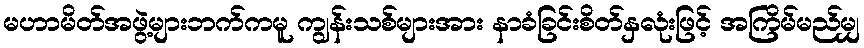
မဟာမိတ်အဖွဲ့များဘက်ကမူ ကျွန်းသစ်များအား နာခံခြင်းစိတ်နှလုံးဖြင့် အကြိမ်မည်မျှ